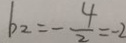
b _ { 2 } = - \frac { 4 } { 2 } = - 2